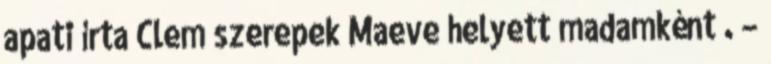
apati írta Clem szerepek Maeve helyett madamként . –